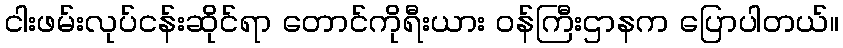
ငါးဖမ်းလုပ်ငန်းဆိုင်ရာ တောင်ကိုရီးယား ဝန်ကြီးဌာနက ပြောပါတယ်။